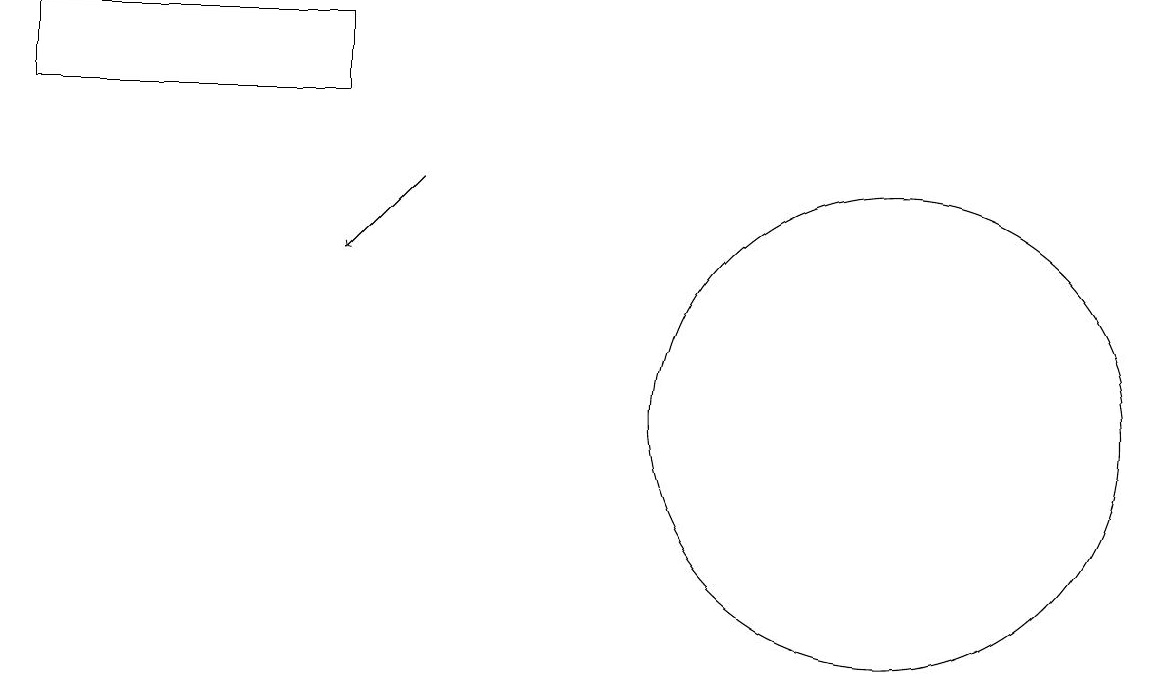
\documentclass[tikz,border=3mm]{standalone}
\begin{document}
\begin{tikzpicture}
\draw (11,10) circle (3);
\draw (11,11) circle (0);
\draw (4,15) rectangle (0,14);
\draw[->] (5,13) -- (4,12);
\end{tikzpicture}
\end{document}